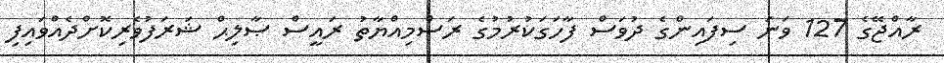
ރާއްޖޭގެ 127 ވަނަ ސިފައިންގެ ދުވަސް ފާހަގަކުރުމުގެ ރަސްމިއްޔާތު ރައީސް ޞާލިޙް ޝަރަފުވެރިކޮށްދެއްވައިފި